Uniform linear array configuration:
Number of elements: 4
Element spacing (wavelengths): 0.5
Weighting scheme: kaiser
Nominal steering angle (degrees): -45
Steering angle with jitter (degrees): -44.226
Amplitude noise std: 0.05
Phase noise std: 0.05

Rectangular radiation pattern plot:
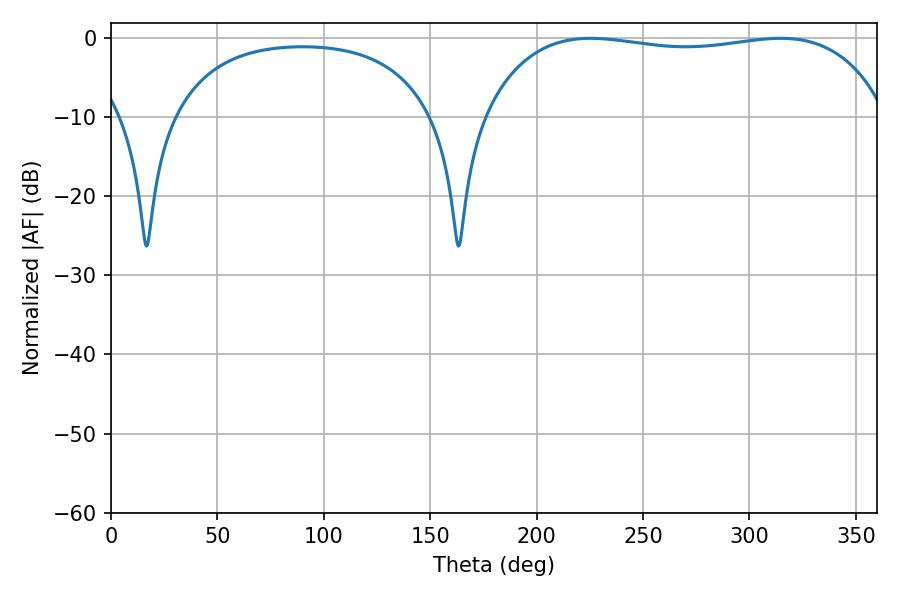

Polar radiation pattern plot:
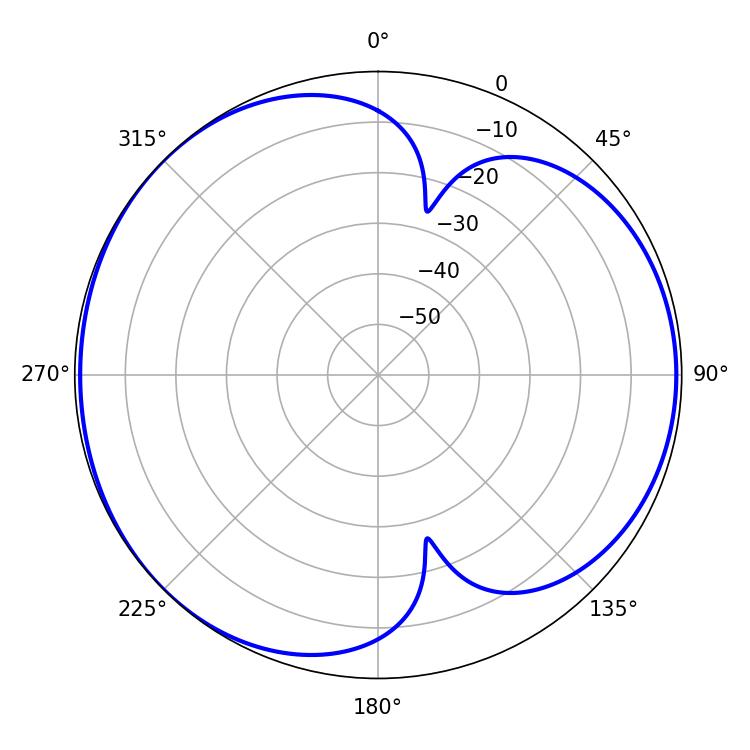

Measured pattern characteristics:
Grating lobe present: FALSE
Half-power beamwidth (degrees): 152.28
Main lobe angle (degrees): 225.36